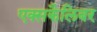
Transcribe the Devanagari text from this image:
एक्सकैलिबर